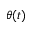
\theta ( t )